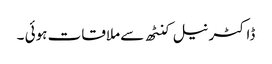
ڈاکٹر نیل کنٹھ سے ملاقات ہوئی ۔